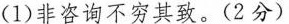
( 1 )非咨询不穷其致。( 2分 )